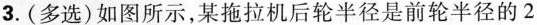
3.(多选)如图所示，某拖拉机后轮半径是前轮半径的2